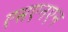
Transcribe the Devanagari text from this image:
एसएनएन